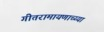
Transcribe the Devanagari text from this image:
गीतरामायणाच्य्या